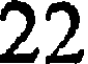
22